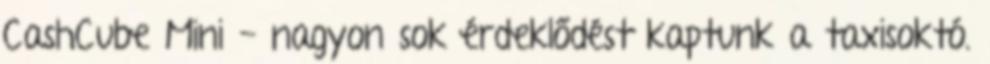
CashCube Mini - nagyon sok érdeklődést kaptunk a taxisoktó.